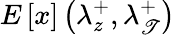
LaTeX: E\left[x\right]\left(\lambda_{z}^{+},\lambda_{\mathscr{T}}^{+}\right)